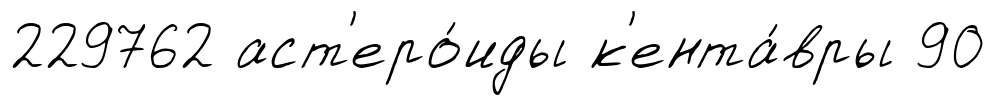
229762 аст'еро́иды к'ента́вры 90